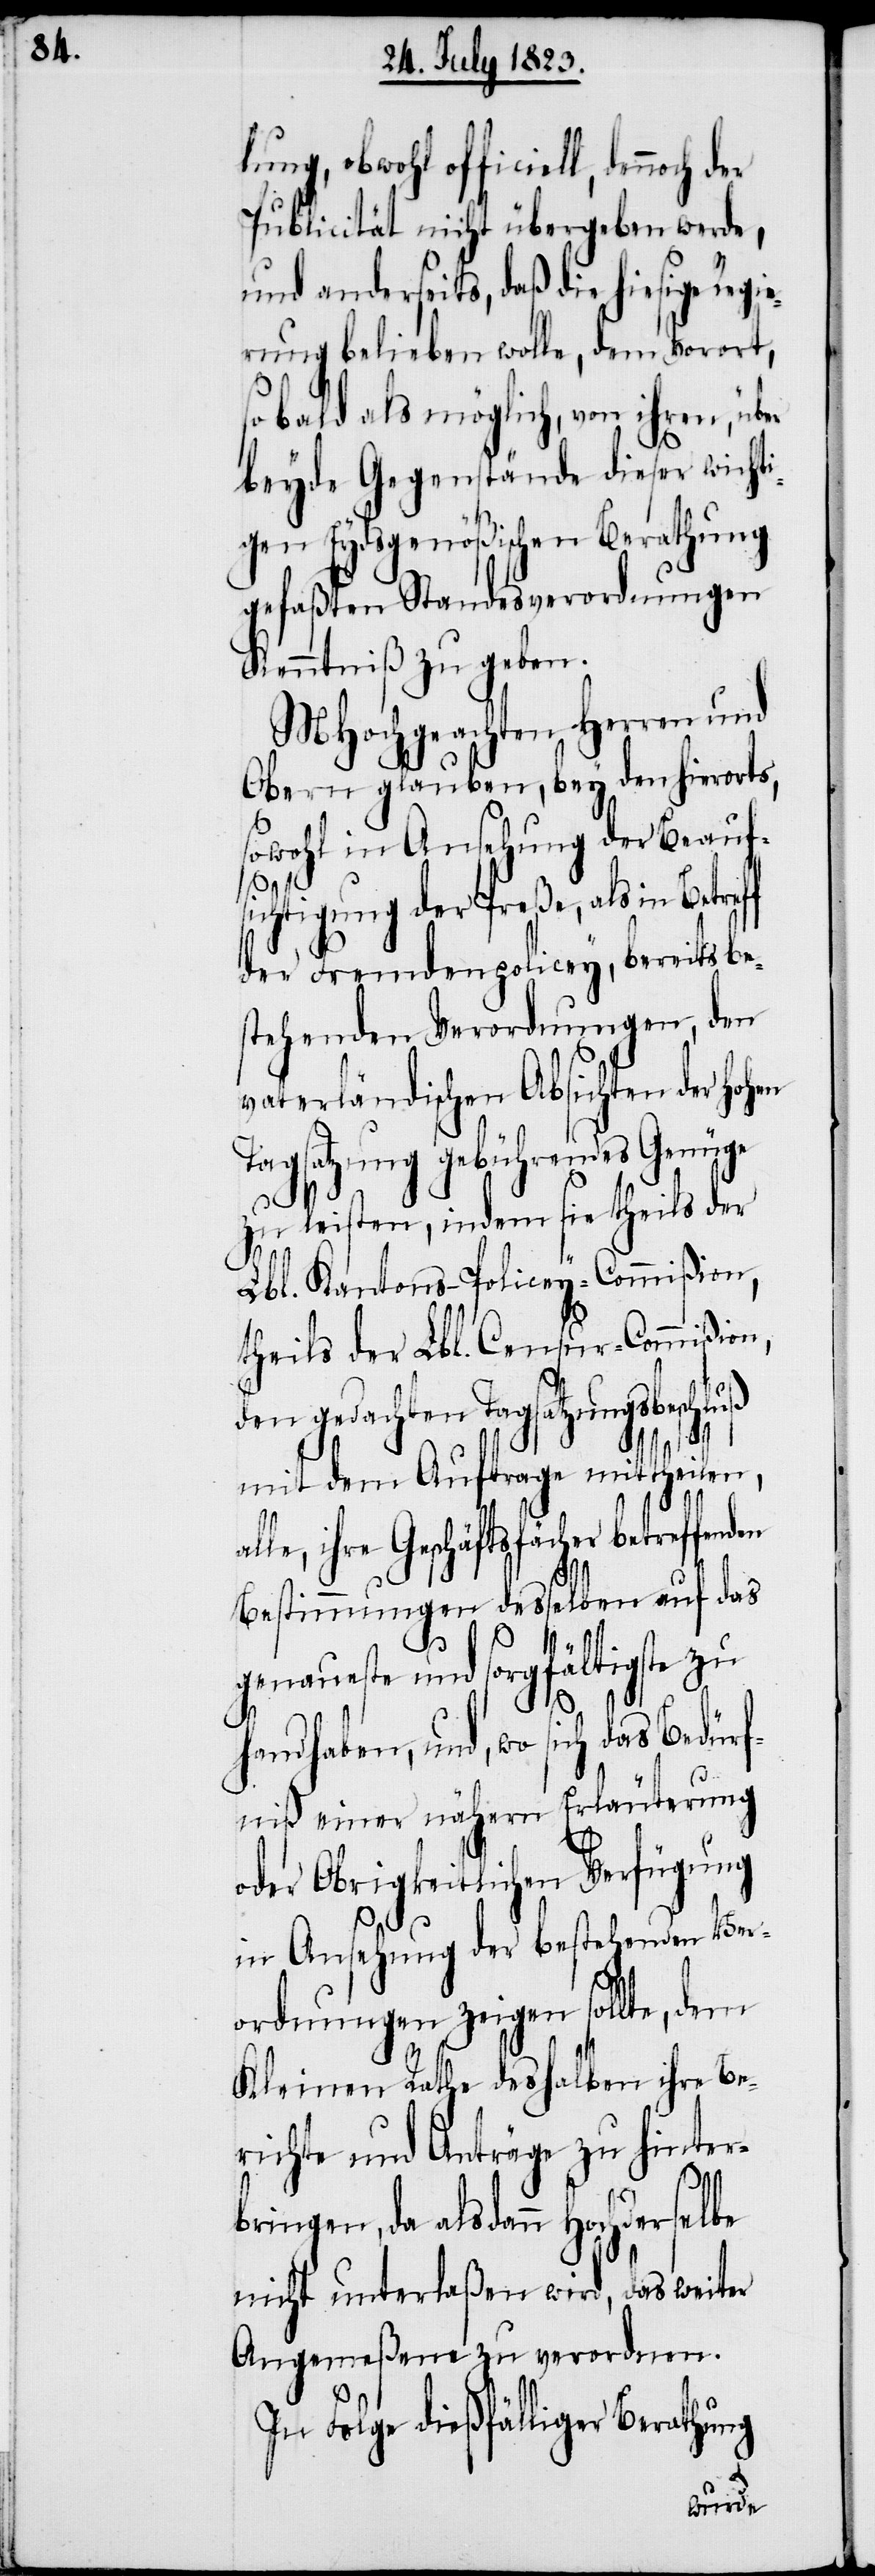
lung, obwohl officiell, den¬
Publicität nicht übergeben werde,
und anderseits, daß die hiesige Regie¬
rung belieben wolle, dem Vorort,
sobald als möglich, von ihrem, über
beyde Gegenstände dieser wicht¬
igen Eydsgenößischen Berathung
gefaßten Standesverordnungen
Kenntniß zu geben.
MHochgeachten Herren und
Obern glauben, bey den hierorts,
sowohl in Ansehung der Beaufs¬
ichtigung der Preße, als in
der Fremdenpolicey, bereits be¬
stehenden Verordnungen, den
vaterländischen Absichten der Hohen
Tagsatzung gebührendes Genüge
zu leisten, indem sie theils der
Lbl. Kantons-Policey-Commißion,
theils der Lbl. Censur-Commißion,
den gedachten Tagsatzungsbeschluß
mit dem Auftrag mittheilen,
alle, ihre Geschäftsfächer betreffenden
Bestimmungen desselben auf das
genaueste und sorgfältigste zu
der
handhaben, und, wo sich das Bedürf¬
niß einer nähern Erläuterung
oder Obrigkeitlichen Verfügung
in Ansehung der bestehenden Ver¬
ordnungen zeigen sollte, dem
Kleinen Rathe deshalben ihre Be¬
richte und Anträge zu hinter¬
noch
bringen, da alsdann Hochderselbe
nicht unterlaßen wird, das weiter
Angemeßene zu verordnen.
In Folge dießfälliger Berathung